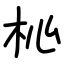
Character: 杺